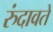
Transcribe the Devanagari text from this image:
रुंदावते